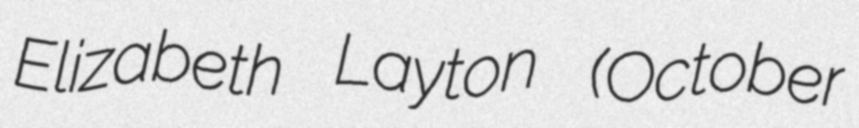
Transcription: Elizabeth Layton (October